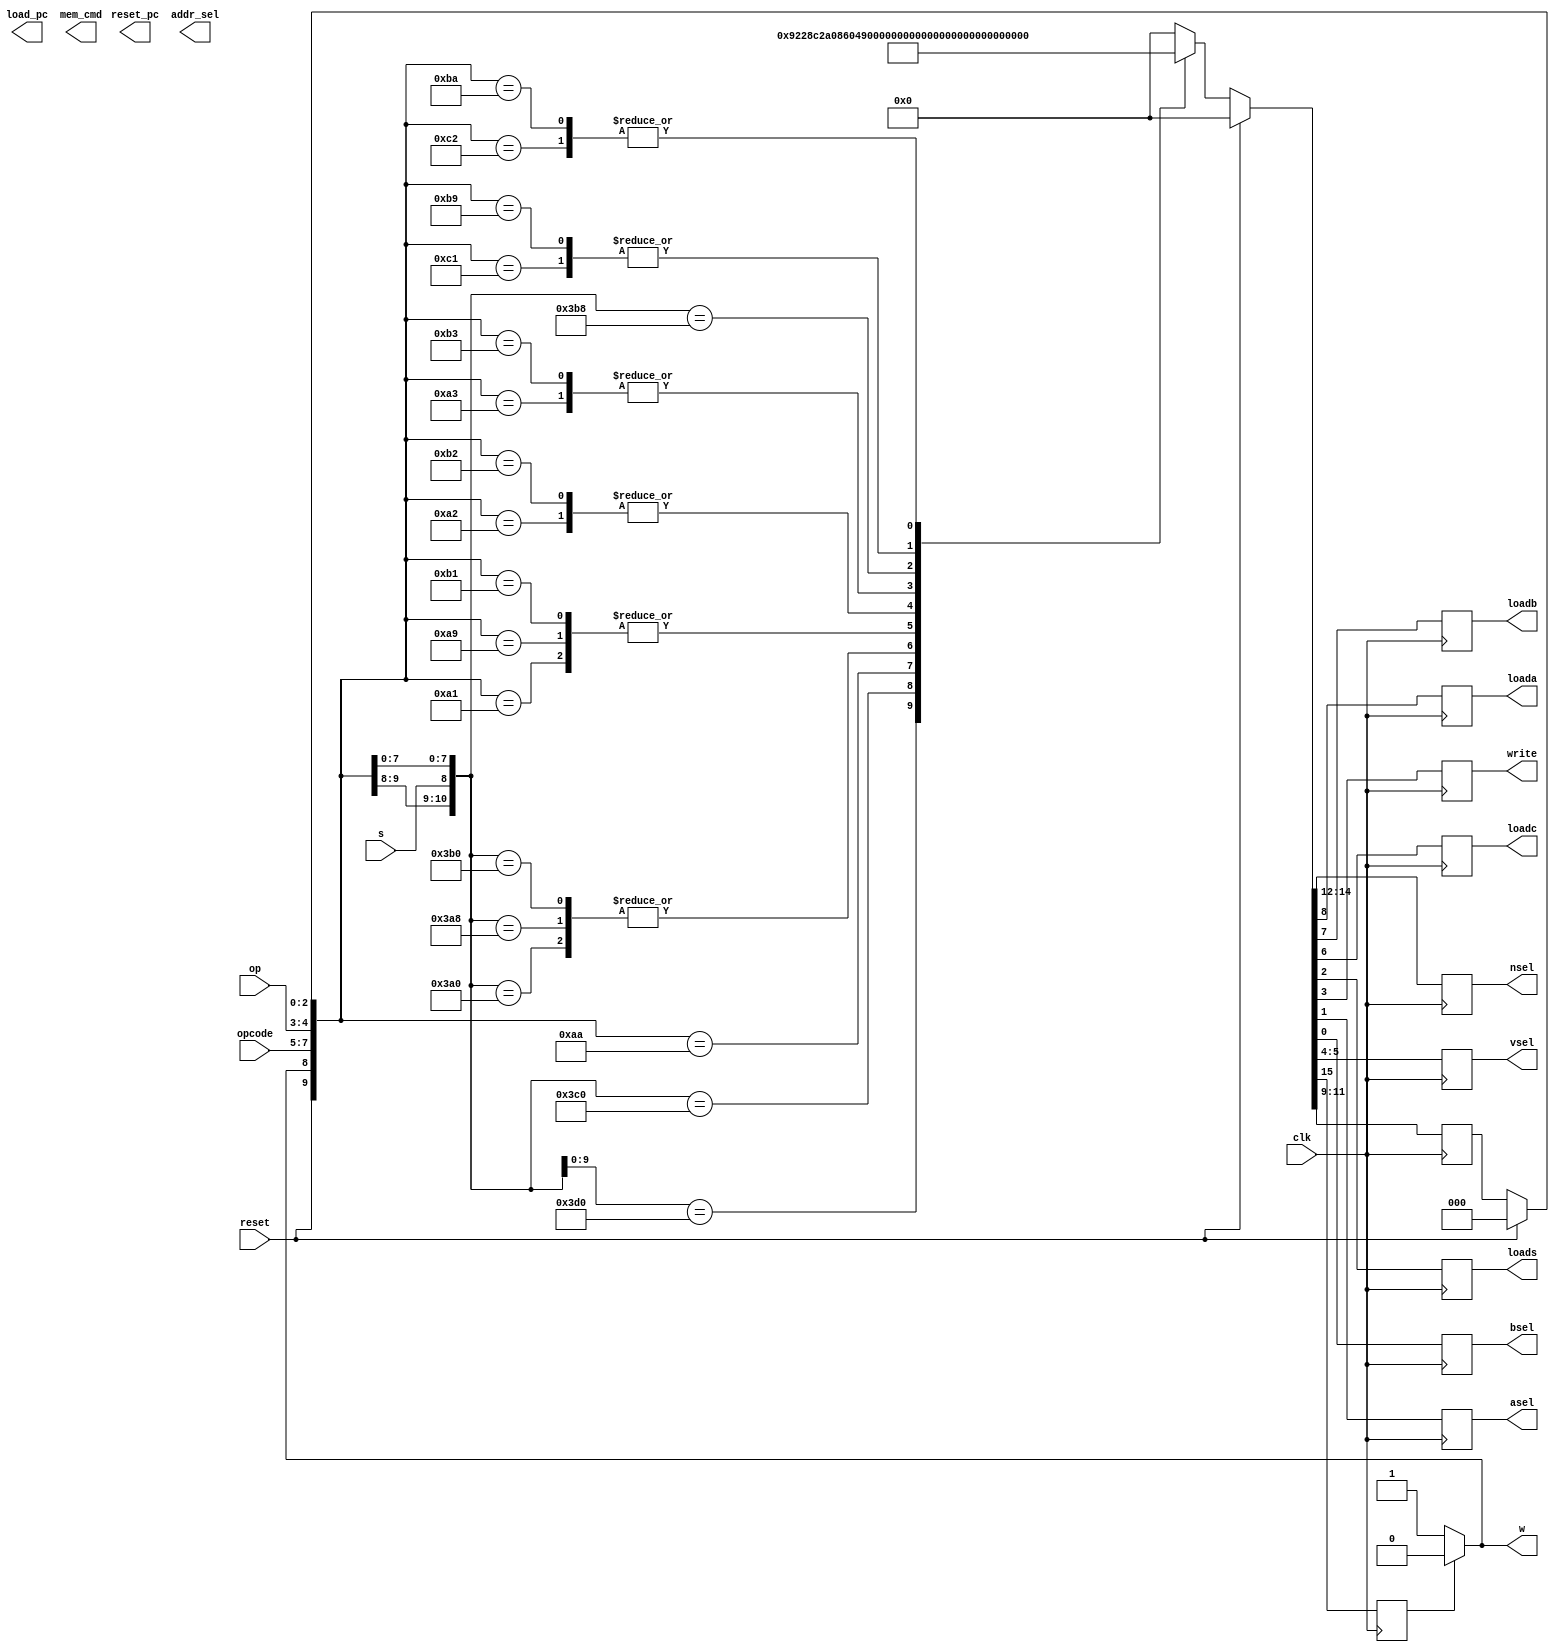
module FSM(clk, reset, s, w, opcode, op, nsel,loada,loadb,loadc,vsel,write,loads,asel,bsel,reset_pc,load_pc,addr_sel,mem_cmd);
  input clk, reset, s;
  input [2:0] opcode;
  input [1:0] op;
  output w;
  output reg [2:0] nsel;
  output reg loada,loadb,loadc,loads,write,asel,bsel,load_pc,reset_pc,addr_sel;
  output reg [1:0] vsel, mem_cmd; 
  wire [2:0] state;
  reg load_s;
  reg [2:0] next_state;
  
  //State encoding for the FSM circuit 
  `define S0 3'b000
  `define S1 3'b001
  `define S2 3'b010
  `define S3 3'b011
  `define S4 3'b100

  assign w = load_s ? 1'b0:1'b1; //reset_state is 1 when reset is pressed and stays 1 until s is pressed
  assign state =  reset ? `S0:next_state;
  //Check reset state 
  always @(posedge clk) begin
    casex({reset,w,s,opcode,op,state})
	11'b1xxxxxxxxxx: {load_s, nsel, next_state,loada,loadb,loadc,vsel,write,loads,asel,bsel} 
				= {1'b0,3'b000,`S0,1'b0,1'b0,1'b0,2'b00,1'b0,1'b0,1'b0,1'b0}; //reset!
	{8'bx10xxxxx,`S0}: {load_s,nsel,next_state,loada,loadb,loadc,vsel,write,loads,asel,bsel}
				= {1'b0,3'b000,`S0,1'b0,1'b0,1'b0,2'b00,1'b0,1'b0,1'b0,1'b0}; //keep waiting until s is set to 1 (reset state)
	{8'bx1111010,`S0}: {load_s, nsel, next_state,loada,loadb,loadc,vsel,write,loads,asel,bsel} 
				= {1'b1,3'b001,`S1,1'b0,1'b0,1'b0,2'b10,1'b1,1'b0,1'b0,1'b0}; //s is set to 1, opcode = 110, op = 10, then we write
	{8'b00x11010,`S1}: {load_s, nsel, next_state,loada,loadb,loadc,vsel,write,loads,asel,bsel} 
				= {1'b0,3'b000,`S0,1'b0,1'b0,1'b0,2'b00,1'b0,1'b0,1'b0,1'b0}; //now we are done writing so we go back to waiting in reset state 
        {8'b01111000,`S0}: {load_s, nsel, next_state,loada,loadb,loadc,vsel,write,loads,asel,bsel} 
				= {1'b1,3'b100,`S1,1'b0,1'b1,1'b0,2'b10,1'b0,1'b0,1'b0,1'b0}; //this is for Mov Rm value into Rd with shift, so start by placing Rm into b
	{8'b00x11000,`S1}: {load_s,nsel,next_state,loada,loadb,loadc,vsel,write,loads,asel,bsel}
				= {1'b1,3'b000,`S2,1'b0,1'b0,1'b1,2'b00,1'b0,1'b0,1'b1,1'b0}; //now we store the value into C
	{8'b00x11000,`S2}: {load_s,nsel,next_state,loada,loadb,loadc,vsel,write,loads,asel,bsel}
				= {1'b1,3'b010,`S3,1'b0,1'b0,1'b0,2'b00,1'b1,1'b0,1'b0,1'b0}; //now write to register Rd
	{8'b00x11000,`S3}: {load_s,nsel,next_state,loada,loadb,loadc,vsel,write,loads,asel,bsel}
				= {1'b0,3'b000,`S0,1'b0,1'b0,1'b0,2'b00,1'b0,1'b0,1'b0,1'b0}; //back to reset_state
	{8'b01110100,`S0}: {load_s,nsel,next_state,loada,loadb,loadc,vsel,write,loads,asel,bsel}
				= {1'b1,3'b001,`S1,1'b1,1'b0,1'b0,2'b10,1'b0,1'b0,1'b0,1'b0}; //This is for addition, place Rn to RegA
	{8'b00x10100,`S1}: {load_s,nsel,next_state,loada,loadb,loadc,vsel,write,loads,asel,bsel}
				= {1'b1,3'b100,`S2,1'b0,1'b1,1'b0,2'b10,1'b0,1'b0,1'b0,1'b0}; //Now set RegA to Rm
	{8'b00x10100,`S2}: {load_s,nsel,next_state,loada,loadb,loadc,vsel,write,loads,asel,bsel}
				= {1'b1,3'b000,`S3,1'b0,1'b0,1'b1,2'b00,1'b0,1'b0,1'b0,1'b0}; //Now we set it to RegC
	{8'b00x10100,`S3}: {load_s,nsel,next_state,loada,loadb,loadc,vsel,write,loads,asel,bsel}
				= {1'b1,3'b010,`S4,1'b0,1'b0,1'b0,2'b00,1'b1,1'b0,1'b0,1'b0}; //Now we write it to Rd 
	{8'b00x10100,`S4}: {load_s,nsel,next_state,loada,loadb,loadc,vsel,write,loads,asel,bsel}
				= {1'b0,3'b000,`S0,1'b0,1'b0,1'b0,2'b00,1'b0,1'b0,1'b0,1'b0}; //Now we go back to reset state
	{8'b01110101,`S0}: {load_s,nsel,next_state,loada,loadb,loadc,vsel,write,loads,asel,bsel}
				= {1'b1,3'b001,`S1,1'b1,1'b0,1'b0,2'b10,1'b0,1'b0,1'b0,1'b0}; //This is for CMP, put Rn into RegA
	{8'b00x10101,`S1}: {load_s,nsel,next_state,loada,loadb,loadc,vsel,write,loads,asel,bsel}
				= {1'b1,3'b100,`S2,1'b0,1'b1,1'b0,2'b10,1'b0,1'b0,1'b0,1'b0}; //Place Rm into RegB
	{8'b00x10101,`S2}: {load_s,nsel,next_state,loada,loadb,loadc,vsel,write,loads,asel,bsel}
				= {1'b1,3'b000,`S3,1'b0,1'b0,1'b0,2'b00,1'b0,1'b1,1'b0,1'b0}; //Now do the subtraction
   	{8'b00x10101,`S3}: {load_s,nsel,next_state,loada,loadb,loadc,vsel,write,loads,asel,bsel}
				= {1'b0,3'b000,`S0,1'b0,1'b0,1'b0,2'b00,1'b0,1'b0,1'b0,1'b0}; //Now reset_state
	{8'b01110110,`S0}: {load_s,nsel,next_state,loada,loadb,loadc,vsel,write,loads,asel,bsel}
				= {1'b1,3'b001,`S1,1'b1,1'b0,1'b0,2'b10,1'b0,1'b0,1'b0,1'b0}; //This is for AND, put Rn into RegA
	{8'b00x10110,`S1}: {load_s,nsel,next_state,loada,loadb,loadc,vsel,write,loads,asel,bsel}
				= {1'b1,3'b100,`S2,1'b0,1'b1,1'b0,2'b10,1'b0,1'b0,1'b0,1'b0}; //Now place Rm into RegB
	{8'b00x10110,`S2}: {load_s,nsel,next_state,loada,loadb,loadc,vsel,write,loads,asel,bsel}
				= {1'b1,3'b000,`S3,1'b0,1'b0,1'b1,2'b00,1'b0,1'b0,1'b0,1'b0}; //Now we place the ANDed result into RegC
	{8'b00x10110,`S3}: {load_s,nsel,next_state,loada,loadb,loadc,vsel,write,loads,asel,bsel}
				= {1'b1,3'b010,`S4,1'b0,1'b0,1'b0,2'b00,1'b1,1'b0,1'b0,1'b0}; //Place the value in RegC into Rd
	{8'b00x10110,`S4}: {load_s,nsel,next_state,loada,loadb,loadc,vsel,write,loads,asel,bsel}
				= {1'b0,3'b000,`S0,1'b0,1'b0,1'b0,2'b00,1'b0,1'b0,1'b0,1'b0}; //Go back to reset state
	{8'b01110111,`S0}: {load_s,nsel,next_state,loada,loadb,loadc,vsel,write,loads,asel,bsel}
				= {1'b1,3'b100,`S1,1'b0,1'b1,1'b0,2'b10,1'b0,1'b0,1'b1,1'b0}; //MVN, so set RegB to value of Rm
	{8'b00x10111,`S1}: {load_s,nsel,next_state,loada,loadb,loadc,vsel,write,loads,asel,bsel}
				= {1'b1,3'b000,`S2,1'b0,1'b0,1'b1,2'b00,1'b0,1'b0,1'b1,1'b0}; //Place the new value into RegC
	{8'b00x10111,`S2}: {load_s,nsel,next_state,loada,loadb,loadc,vsel,write,loads,asel,bsel}
				= {1'b1,3'b010,`S3,1'b0,1'b0,1'b0,2'b00,1'b1,1'b0,1'b0,1'b0}; //Place that value into Rd
	{8'b00x10111,`S3}: {load_s,nsel,next_state,loada,loadb,loadc,vsel,write,loads,asel,bsel}
				= {1'b0,3'b000,`S0,1'b0,1'b0,1'b0,2'b00,1'b0,1'b0,1'b0,1'b0}; //go back to reset state
	default: {load_s,nsel,next_state,loada,loadb,loadc,vsel,write,loads,asel,bsel}
				= {1'b0,3'b000,`S0,1'b0,1'b0,1'b0,2'b00,1'b0,1'b0,1'b0,1'b0}; //default sends it back to reset state
   endcase
  end
endmodule